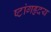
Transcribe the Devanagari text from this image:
ष्टांगहृदय